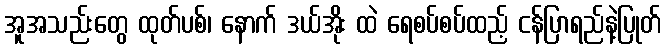
အူအသည်းတွေ ထုတ်ပစ်၊ နောက် ဒယ်အိုး ထဲ ရေစပ်စပ်ထည့် ငန်ပြာရည်နဲ့ပြုတ်